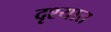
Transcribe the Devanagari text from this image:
दृश्यात